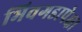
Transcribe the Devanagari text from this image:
भिवगडापेक्षा